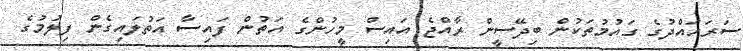
ސަރަހައްދުގެ ގައުމުތަކުން ބިދޭސީން ރާއްޖެ އައިސް މީހުންގެ އަތުން ފައިސާ އަތުލައިގެން ފިލުމުގެ